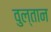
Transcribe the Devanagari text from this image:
वुल्तान